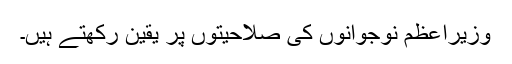
وزیراعظم نوجوانوں کی صلاحیتوں پر یقین رکھتے ہیں۔